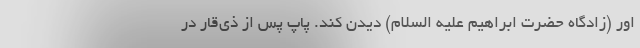
اور (زادگاه حضرت ابراهیم علیه السلام) دیدن کند. پاپ پس از ذی‌قار در